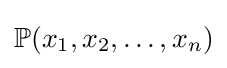
\operatorname {\mathbb {P} } (x_{1},x_{2},\ldots ,x_{n})